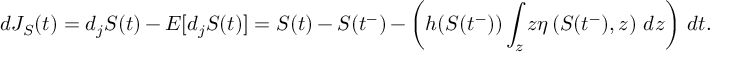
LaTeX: d J _ { S } ( t ) = d _ { j } S ( t ) - E [ d _ { j } S ( t ) ] = S ( t ) - S ( t ^ { - } ) - \left( h ( S ( t ^ { - } ) ) \int _ { z } z \eta \left( S ( t ^ { - } ) , z \right) \, d z \right) \, d t .